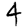
Digit: 4